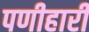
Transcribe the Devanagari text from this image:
पणीहारी